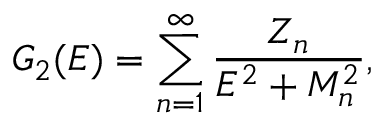
G _ { 2 } ( E ) = \sum _ { n = 1 } ^ { \infty } { \frac { Z _ { n } } { E ^ { 2 } + M _ { n } ^ { 2 } } } ,